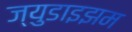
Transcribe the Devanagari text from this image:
ज्युडाइझम